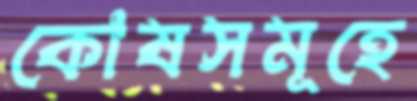
কোষসমূহে